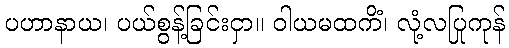
ပဟာနာယ၊ ပယ်စွန့်ခြင်းငှာ။ ဝါယမထကိံ၊ လုံ့လပြုကုန်